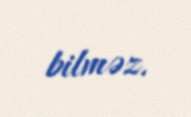
bilməz.